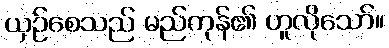
ယှဉ်စေသည် မည်ကုန်၏ ဟူလိုသော်။